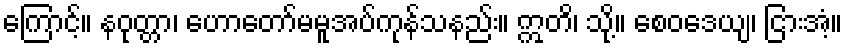
ကြောင့်။ နဝုတ္တာ၊ ဟောတော်မမူအပ်ကုန်သနည်း။ ဣတိ၊ သို့။ စေဝဒေယျ၊ ငြားအံ့။